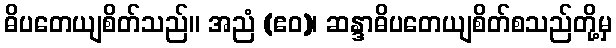
ဓိပတေယျစိတ်သည်။ အညံ (ဧဝ)၊ ဆန္ဒာဓိပတေယျစိတ်စသည်တို့မှ